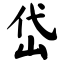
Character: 岱